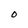
Character: O